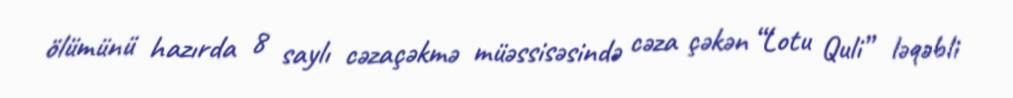
ölümünü hazırda 8 saylı cəzaçəkmə müəssisəsində cəza çəkən “Lotu Quli” ləqəbli